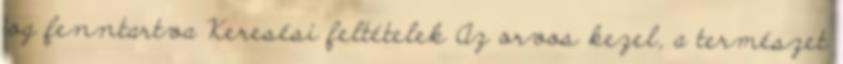
jog fenntartva Keresési feltételek Az orvos kezel, a természet